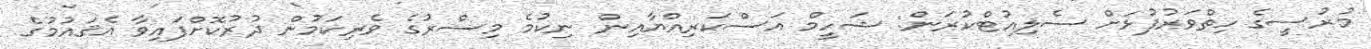
މުރުސީގެ ހިތްވަރުފުޅަށް ސެލިއުޓްކުރަން: ޝަހީމް އަސްކަރިއްޔާއިން ނިކުމެ މިސްރުގެ ވެރިކަމުން ދުރުކޮށްފައިވާ އެޤައުމުގެ